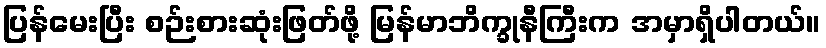
ပြန်မေးပြီး စဉ်းစားဆုံးဖြတ်ဖို့ မြန်မာဘိက္ခုနီကြီးက အမှာရှိပါတယ်။